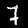
Label: 7